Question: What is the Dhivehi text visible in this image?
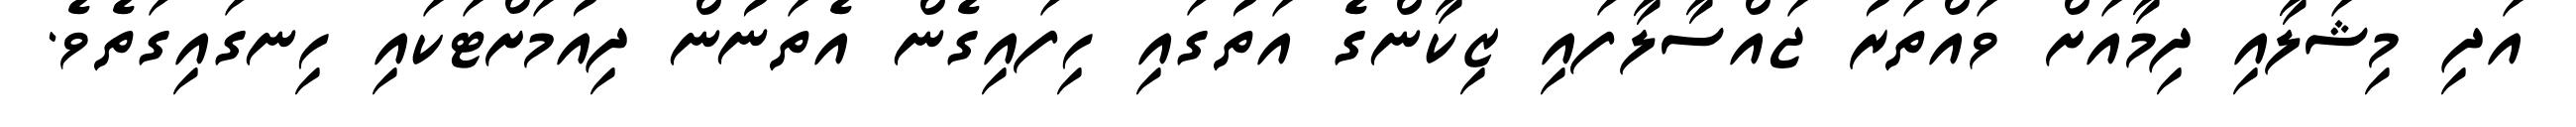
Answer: އަދި މިޝަލާއި ދިމާއަށް ވައްތަރު ޖައްސާލާފައި ޒިކާންގެ އަތުގައި ހިފައިގެން އެތަނުން ދިއުމަށްޓަކައި ހިނގައިގަތެވެ.